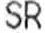
SR